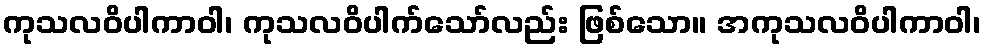
ကုသလဝိပါကာဝါ၊ ကုသလဝိပါက်သော်လည်း ဖြစ်သော။ အကုသလဝိပါကာဝါ၊